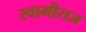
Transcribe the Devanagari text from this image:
स्वामीराज